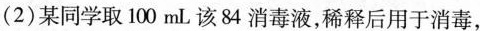
(2)某同学取100mL该84消毒液，稀释后用于消毒，